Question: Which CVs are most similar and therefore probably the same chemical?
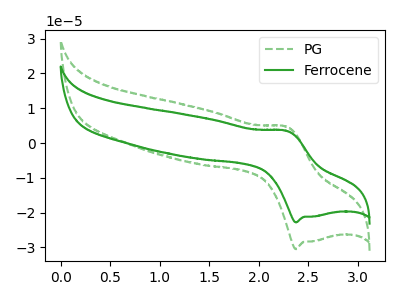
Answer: <think>The green dashed curve "PG" has an anodic peak at (2.30V, 4.70uA) and a cathodic peak at (2.40V, -30.50uA). The green curve "Ferrocene" has an anodic peak at (2.30V, 3.50uA) and a cathodic peak at (2.40V, -22.80uA).
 All the peaks in "PG" have a peak in "Ferrocene" at the same potential. Every peak in "PG" is higher than every peak in "Ferrocene".</think>
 <answer>"Ferrocene" and "PG" have the same shape and are likely CV's of the same chemical.</answer>
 <eval>"Ferrocene" "PG"</eval>